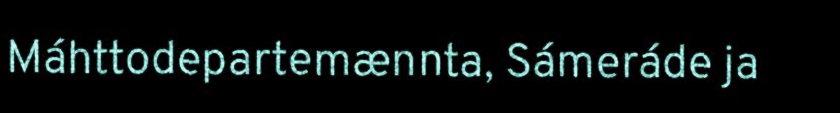
Máhttodepartemænnta, Sámeráde ja